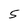
Character: 5